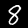
Digit: 8